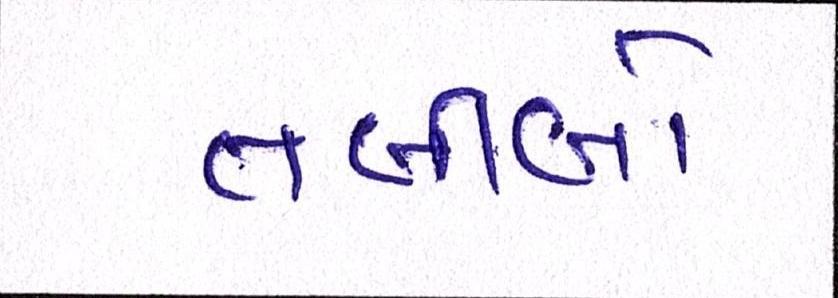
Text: તબીબો